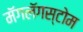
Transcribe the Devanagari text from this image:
मॅगलॅगस्टोम